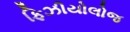
ફિઝીયોલોજ